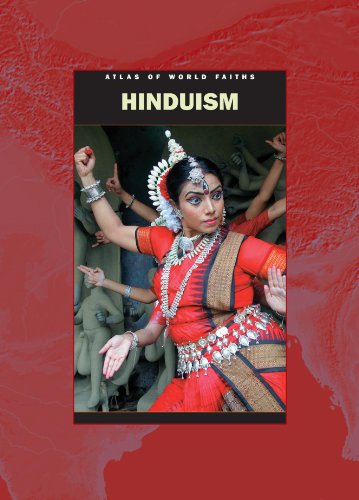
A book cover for Hinduism Around the World; Rasamandala Das; Children's Books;